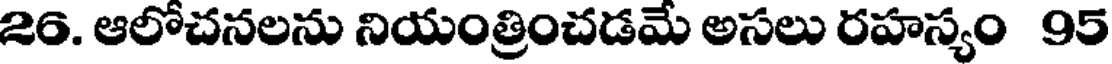
26. ఆలోచనలను నియంత్రించడమే అసలు రహస్యం 95